Indian journal of veterinary science and animal husbandry - Volumes 22-23, 1952-1953
Year: 1952
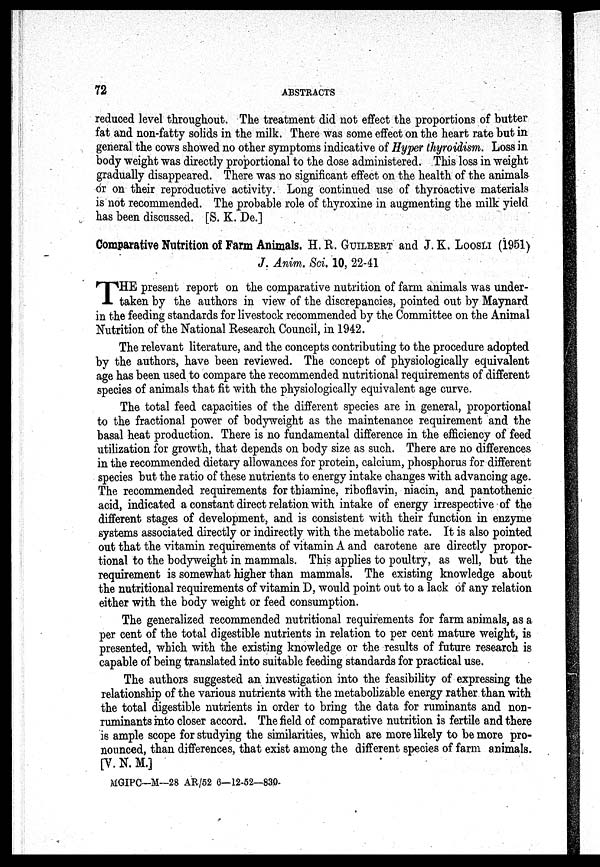
72
ABSTBACTS
reduced level throughout. The treatment did not effect the proportions of butter
fat and non-fatty solids in the milk. There was some effect on the heart rate but in
general the cows showed no other symptoms indicative of Hyper thyroidism. Loss in
body weight was directly proportional to the dose administered. This loss in weight
gradually disappeared. There was no significant effect on the health of the animals
or on their reproductive activity. Long continued use of thyroactive materials
is not recommended. The probable role of thyroxine in augmenting the milk yield
has
been discussed. [S. K. De.]
Comparative Nutrition of Farm Animals. H. R. GUILBERT and J. K. LOOSLI (1951)
J, Anim. Sci. 10, 22-41
T HE present report on the comparative nutrition of farm animals was under-
taken by the authors in view of the discrepancies, pointed out by Maynard
in the feeding standards for livestock recommended by the Committee on the Animal
Nutrition of the National Research Council, in 1942.
The relevant literature, and the concepts contributing to the procedure adopted
by the authors, have been reviewed. The concept of physiologically equivalent
age has been used to compare the recommended nutritional requirements of different
species of animals that fit with the physiologically equivalent age curve.
The total feed capacities of the different species are in general, proportional
to the fractional power of bodyweight as the maintenance requirement and the
basal heat production. There is no fundamental difference in the efficiency of feed
utilization for growth, that depends on body size as such. There are no differences
in the recommended dietary allowances for protein, calcium, phosphorus for different
species but the ratio of these nutrients to energy intake changes with advancing age.
The recommended requirements for thiamine, riboflavin, niacin, and pantothenic
acid, indicated a constant direct relation with intake of energy irrespective of the
different stages of development, and is consistent with their function in enzyme
systems associated directly or indirectly with the metabolic rate. It is also pointed
out that the vitamin requirements of vitamin A and carotene are directly propor-
tional to the bodyweight in mammals. This applies to poultry, as well, but the
requirement is somewhat higher than mammals. The existing knowledge about
the nutritional requirements of vitamin D, would point out to a lack of any relation
either with the body weight or feed consumption.
The generalized recommended nutritional requirements for farm animals, as a
per cent of the total digestible nutrients in relation to per cent mature weight, is
presented, which with the existing knowledge or the results of future research is
capable of being translated into suitable feeding standards for practical use.
The authors suggested an investigation into the feasibility of expressing the
relationship of the various nutrients with the metabolizable energy rather than with
the total digestible nutrients in order to bring the data for ruminants and non-
ruminants into closer accord. The field of comparative nutrition is fertile and there
is ample scope for studying the similarities, which are more likely to be more pro-
nounced, than differences, that exist among the different species of farm animals.
[V. N. M.]
MGIPC—M—28 AR/52 6—12-52—830